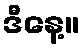
ဒီနေ့။